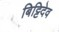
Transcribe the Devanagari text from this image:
बिट्टिदेव